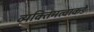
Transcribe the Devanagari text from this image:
व्यक्तिमत्वाकडे